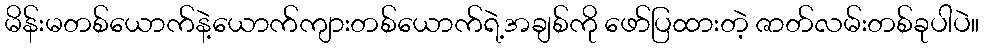
မိန်းမတစ်ယောက်နဲ့ယောက်ကျားတစ်ယောက်ရဲ့အချစ်ကို ဖော်ပြထားတဲ့ ဇာတ်လမ်းတစ်ခုပါပဲ။